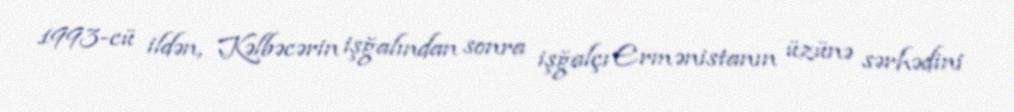
1993-cü ildən, Kəlbəcərin işğalından sonra işğalçı Ermənistanın üzünə sərhədini